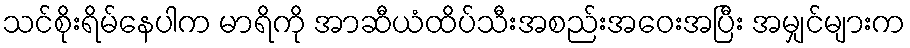
သင်စိုးရိမ်နေပါက မာရိကို အာဆီယံထိပ်သီးအစည်းအဝေးအပြီး အမျှင်များက